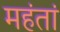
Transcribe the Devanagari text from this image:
महंतां